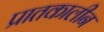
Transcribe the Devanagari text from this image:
प्रातकालीन